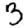
Digit: 3